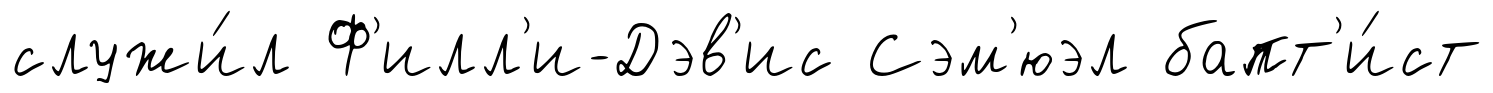
служи́л Ф'илл'и-Дэв'ис Сэм'юэл бапт'и́ст